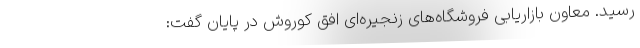
رسید. معاون بازاریابی فروشگاه­های زنجیره­ای افق کوروش در پایان گفت: